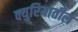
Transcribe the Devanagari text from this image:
क्युरियातील